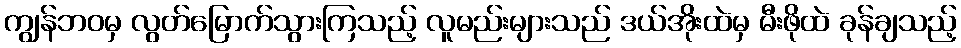
ကျွန်ဘဝမှ လွတ်မြောက်သွားကြသည့် လူမည်းများသည် ဒယ်အိုးထဲမှ မီးဖိုထဲ ခုန်ချသည့်